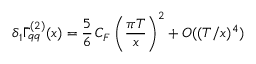
\delta _ { 1 } \bar { \Gamma } _ { q q } ^ { ( 2 ) } ( x ) = { \frac { 5 } { 6 } } \, C _ { F } \left( { \frac { \pi T } { x } } \right) ^ { 2 } + { \cal O } ( ( T / x ) ^ { 4 } )